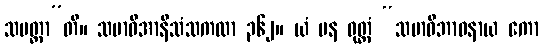
သမတ္တာ”တိ။ သမာဓိအာနိသံသကထာ ၃၆၂။ ယံ ပန ဝုတ္တံ “သမာဓိဘာဝနာယ ကော